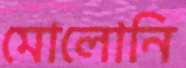
মোলোনি